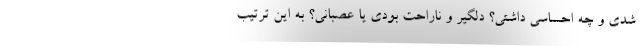
شدی و چه احساسی داشتی؟ دلگیر و ناراحت بودی یا عصبانی؟ به این ترتیب